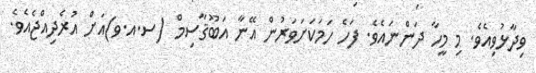
ވިދާޅުވިއެވެ. މި މީހާ ދަންނައެވެ. ފަހެ ހަމަކަށަވަރުން އޭނާ އަބޫޤާސިމް (ސ.އ.ވ)އަށް އުރެދިއްޖެއެވެ.